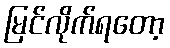
မြင်လိုက်ရတော့